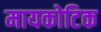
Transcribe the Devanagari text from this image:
मायकोटिक